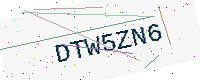
Text: DTW5ZN6